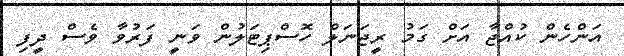
އަންހެން ކުއްޖާ އަށް ގަމު ރީޖަނަލް ހޮސްޕިޓަލުން ވަނީ ފަރުވާ ވެސް ދީފި